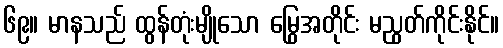
၆၉။ မာနသည် ထွန်တုံးမျိုသော မြွေအတိုင်း မညွတ်ကိုင်းနိုင်။